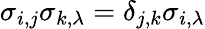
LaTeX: \sigma_{i,j}\sigma_{k,\lambda}=\delta_{j,k}\sigma_{i,\lambda}